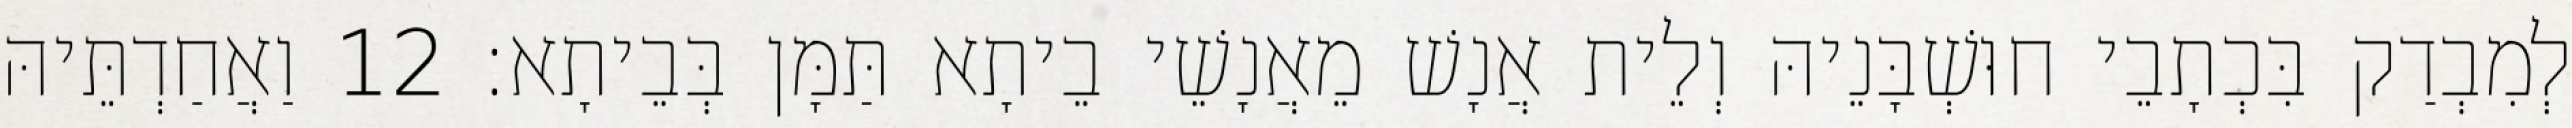
לְמִבְדַק בִּכְתָבֵי חוּשְׁבָּנֵיהּ וְלֵית אֲנָשׁ מֵאֲנָשֵׁי בֵיתָא תַּמָּן בְּבֵיתָא׃ 12 וַאֲחַדְתֵּיהּ